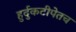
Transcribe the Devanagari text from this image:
हुर्दुकटीपेतच